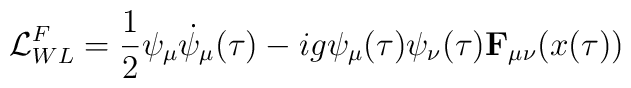
{\cal L}^F_{WL}=\frac{1}{2}\psi_\mu\dot\psi_\mu(\tau)-ig\psi_\mu(\tau)\psi_\nu(\tau){\bf F}_{\mu\nu}(x(\tau))